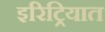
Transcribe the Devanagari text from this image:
इरिट्रियात